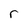
Character: r